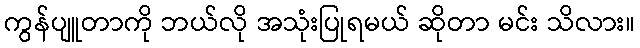
ကွန်ပျူတာကို ဘယ်လို အသုံးပြုရမယ် ဆိုတာ မင်း သိလား။